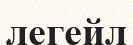
легейл